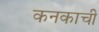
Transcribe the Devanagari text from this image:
कनकाची